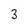
Character: 3